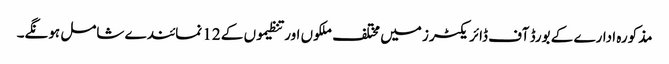
مذکورہ ادارے کے بورڈ آف ڈائریکٹرز میں مختلف ملکوں اور تنظیموں کے 12 نمائندے شامل ہونگے۔